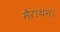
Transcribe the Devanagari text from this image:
मैराथन।